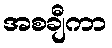
အစချီကာ